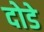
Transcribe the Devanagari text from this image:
दोडे